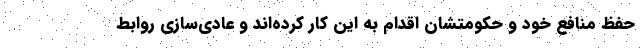
حفظ منافع خود و حکومتشان اقدام به این کار کرده‌اند و عادی‌سازی روابط